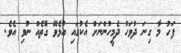
ފަހު މާ ގިނަ ދުވަހު ދެމީހުންނަށް އެކުގައި އުޅެވޭ ގޮތެއް ނުވި އެވެ.